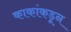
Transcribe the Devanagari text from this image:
काकांकडून